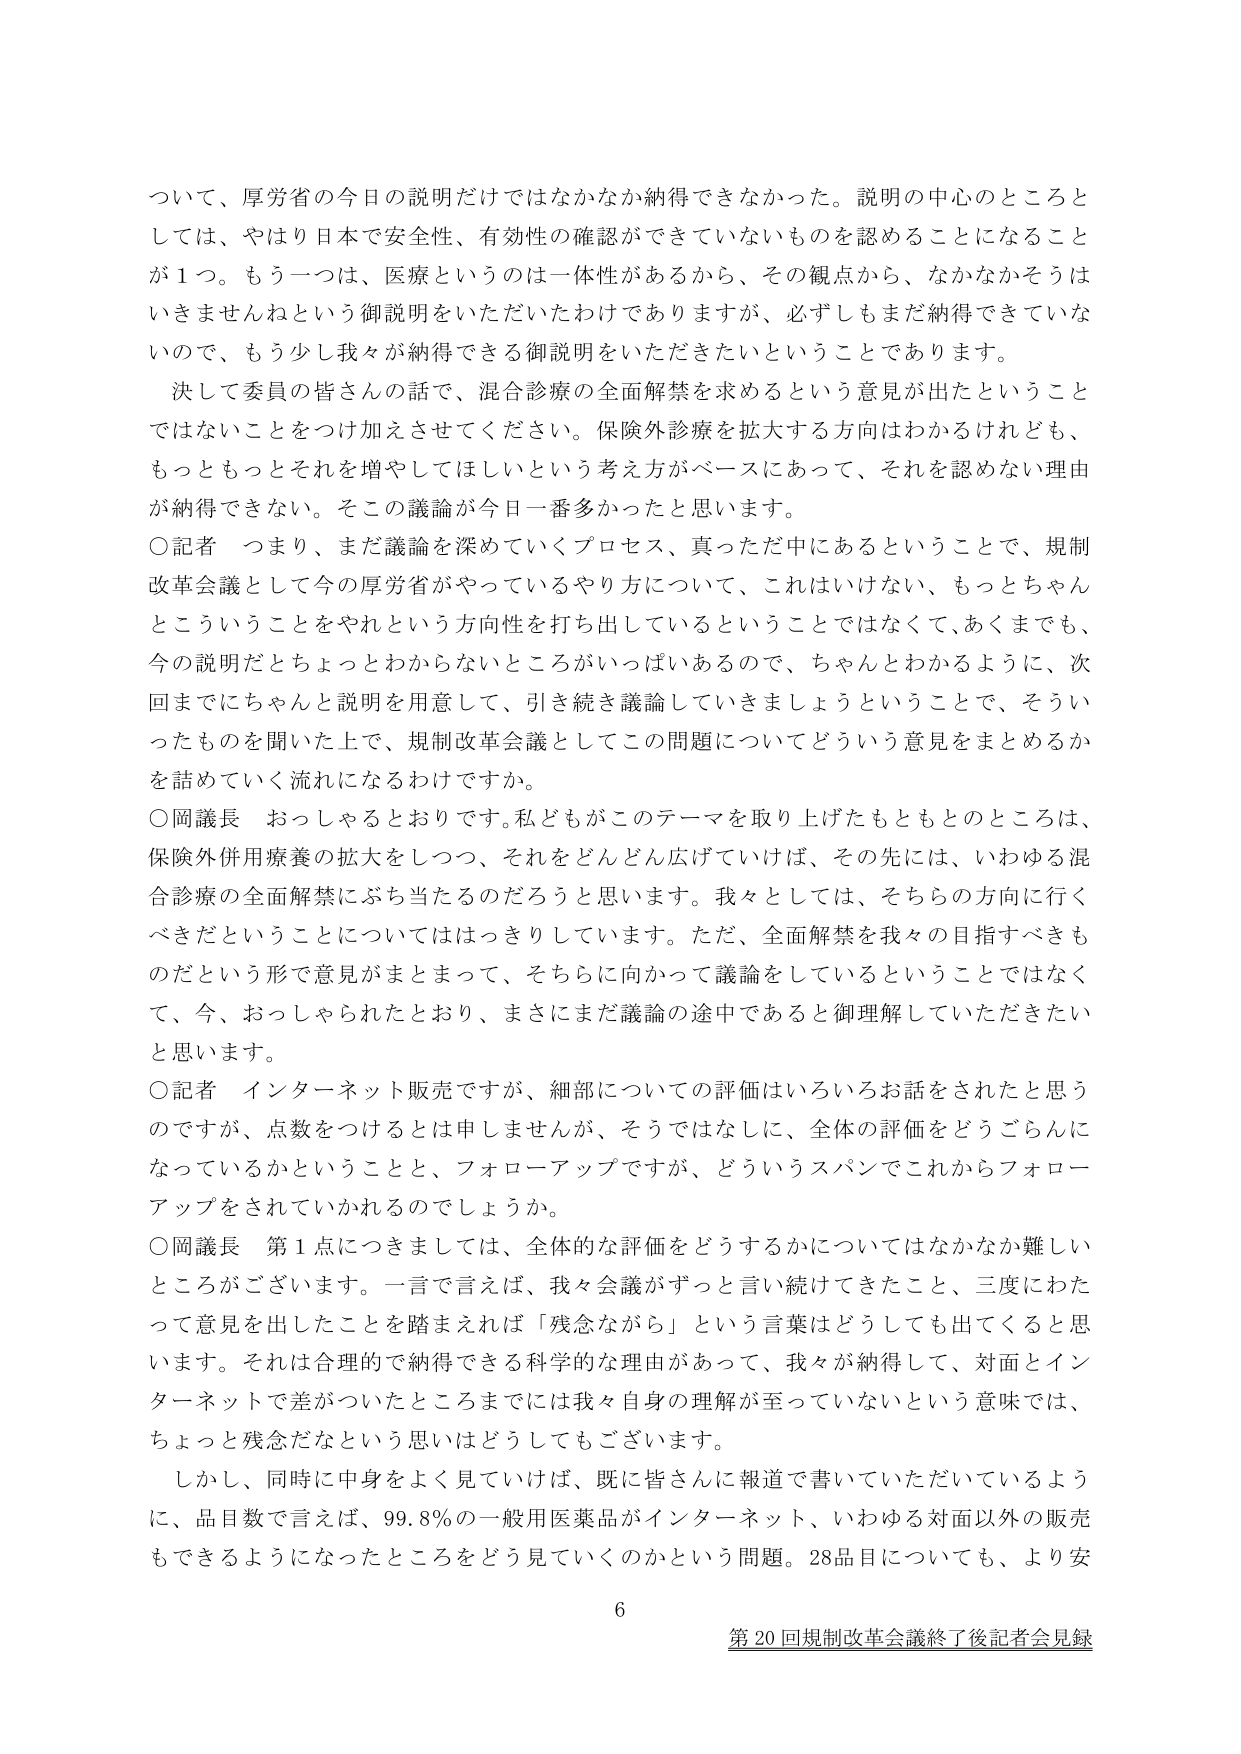
ついて、厚労省の今日の説明だけではなかなか納得できなかった。説明の中心のところとしては、やはり日本で安全性、有効性の確認ができていないものを認めることになることが１つ。もう一つは、医療というのは一体性があるから、その観点から、なかなかそうはいきませんねという御説明をいただいたわけでありますが、必ずしもまだ納得できていないので、もう少し我々が納得できる御説明をいただきたいということであります。

決して委員の皆さんのお話で、混合診療の全面解禁を求めるという意見が出たということではないことをつけ加えさせてください。保険外診療を拡大する方向はわかるけれども、もっともっとそれを増やしてほしいという考え方がベースにあって、それを認めない理由が納得できない。そこの議論が今日一番多かったと思います。

○記者　つまり、まだ議論を深めていくプロセス、真っただ中にあるということで、規制改革会議として今の厚労省がやっているやり方について、これはいけない、もっとちゃんとこういうことをやれという方向性を打ち出しているということではなくて、あくまでも、今の説明だとちょっとわからないところがいっぱいあるので、ちゃんとわかるように、次回までにちゃんと説明を用意して、引き続き議論していきましょうということで、そういったものを聞いた上で、規制改革会議としてこの問題についてどういう意見をまとめるかを詰めていく流れになるわけですか。

○岡議長　おっしゃるとおりです。私どもがこのテーマを取り上げたもともとのところは、保険外併用療養の拡大をしつつ、それをどんどん広げていけば、その先には、いわゆる混合診療の全面解禁にぶち当たるのだろうと思います。我々としては、そちらの方向に行くべきだということについてはっきりしています。ただ、全面解禁を我々の目指すべきものだという形で意見がまとまって、そちらに向かって議論をしているということではなくて、今、おっしゃられたとおり、まさにまだ議論の途中であると御理解していただきたいと思います。

○記者　インターネット販売ですが、細部についての評価はいろいろお話をされたと思うのですが、点数をつけるとは申しませんが、そうではなくに、全体の評価をどうごらんになっているかということと、フォローアップですが、どういうスパンでこれからフォローアップをされていかれるのでしょうか。

○岡議長　第１点につきましては、全体的な評価をどうするかについてはなかなか難しいところがございます。一言で言えば、我々会議がずっと言い続けてきたこと、三度にわたって意見を出したことを踏まえれば「残念ながら」という言葉はどうしても出てくると思います。それは合理的で納得できる科学的な理由があって、我々が納得して、対面とインターネットで差がついたところまでには我々自身の理解が至っていないという意味では、ちょっと残念だなという思いはどうしてもございます。

しかし、同時に中身をよく見ていけば、既に皆さんに報道で書いていただいているように、品目数で言えば、99.8％の一般用医薬品がインターネット、いわゆる対面以外の販売もできるようになったところをどう見ていくのかという問題。28品目についても、より安

6

第20回規制改革会議終了後記者会見録